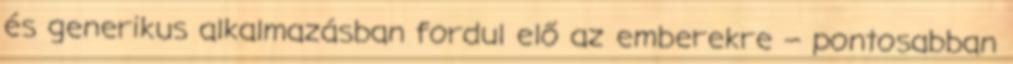
és generikus alkalmazásban fordul elő az emberekre – pontosabban